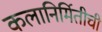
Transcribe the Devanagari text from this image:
कलानिर्मितीची